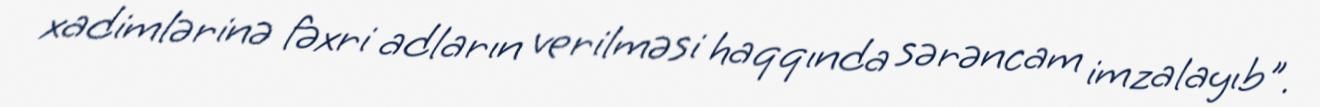
xadimlərinə fəxri adların verilməsi haqqında sərəncam imzalayıb".